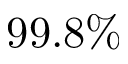
9 9 . 8 \%